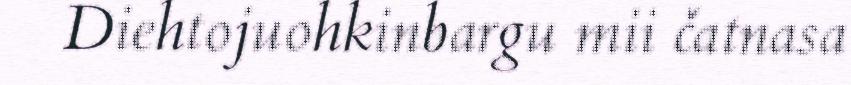
Diehtojuohkinbargu mii čatnasa